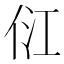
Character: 𰂂